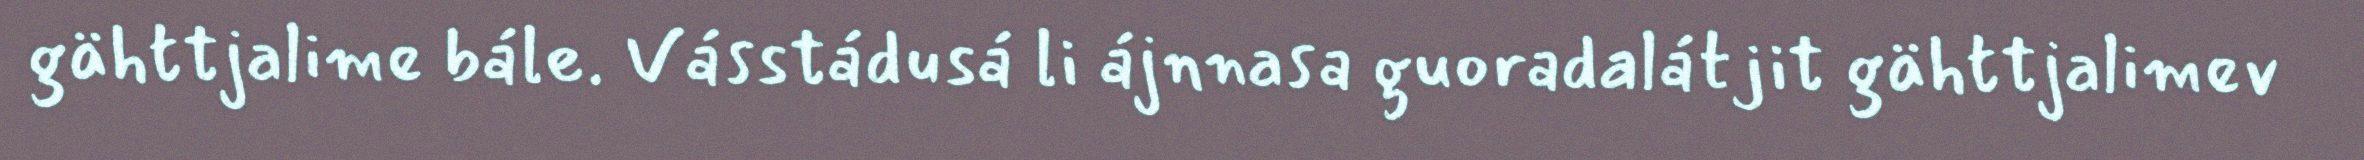
gähttjalime bále. Vásstádusá li ájnnasa guoradalátjit gähttjalimev